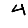
Digit: 4